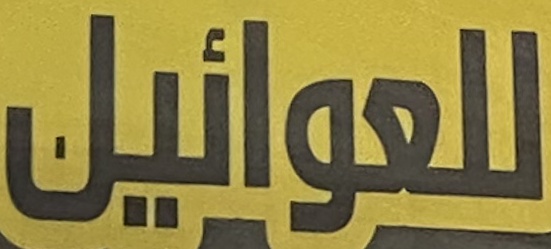
للعوائيل